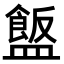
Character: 𪾗